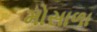
મોસાળા